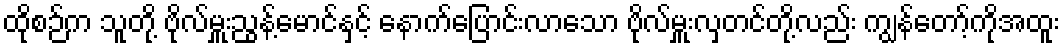
ထိုစဉ်က သူတို့ ဗိုလ်မှူးညွန့်မောင်နှင့် နောက်ပြောင်းလာသော ဗိုလ်မှူးလှတင်တို့လည်း ကျွန်တော့်ကိုအထူး